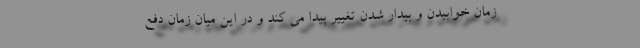
زمان خوابیدن و بیدار شدن تغییر پیدا می کند و در این میان زمان دفع